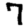
Digit: 7